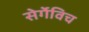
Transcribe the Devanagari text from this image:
सेर्गेविच